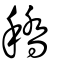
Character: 穚